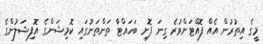
މީގެ އިތުރުން އެއް ފޮއްޓަށްވުރެ ގިނަ ފޮށި ބަހައްޓާ ތަންތަނުގައި ކޮމިޝަންގެ އޮފިޝަލުންގެ